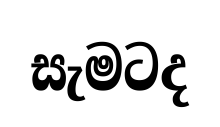
සැමටද